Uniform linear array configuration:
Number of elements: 8
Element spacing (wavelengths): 1
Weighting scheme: cosine
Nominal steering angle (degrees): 15
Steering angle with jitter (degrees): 16.701
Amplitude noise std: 0.05
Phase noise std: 0.05

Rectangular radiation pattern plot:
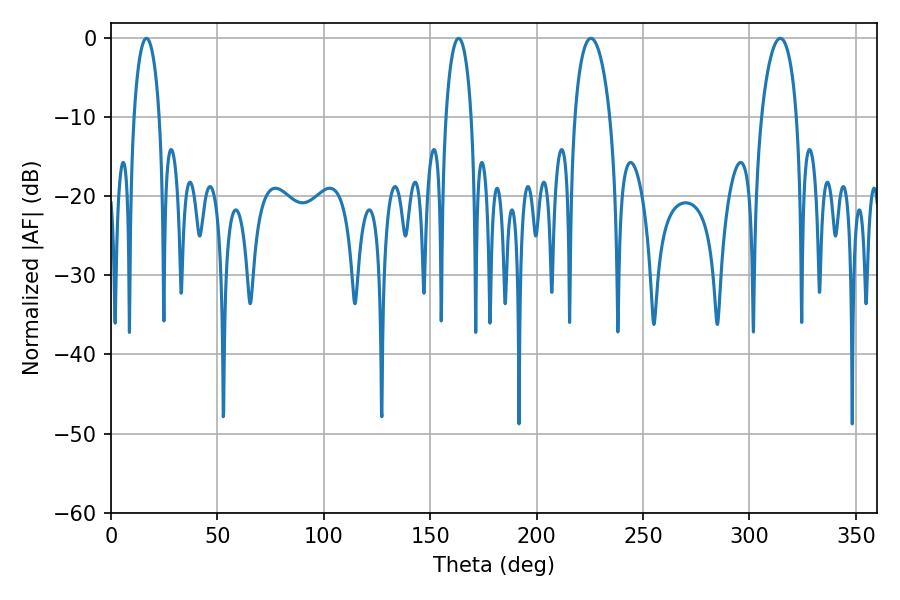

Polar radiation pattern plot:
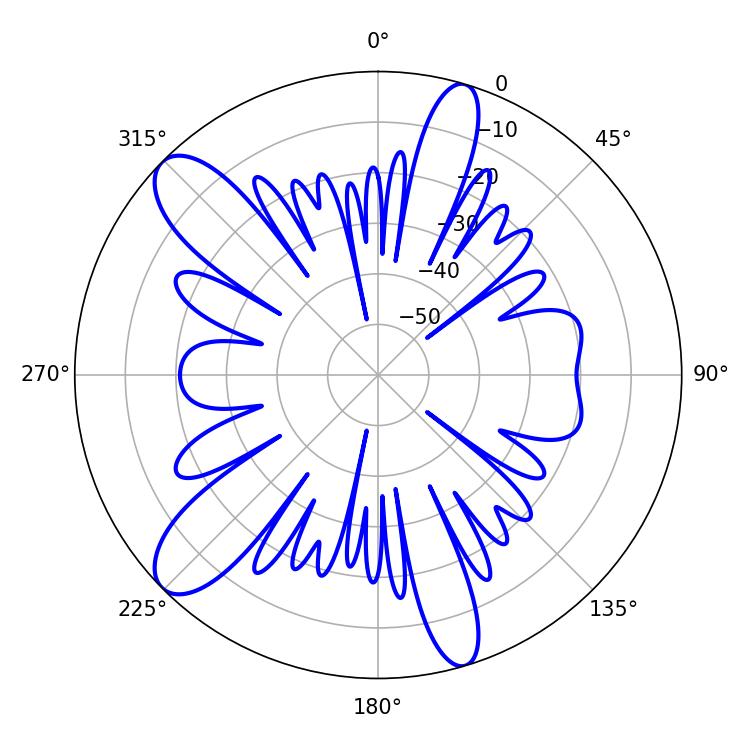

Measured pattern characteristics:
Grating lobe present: TRUE
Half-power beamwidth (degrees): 9.36
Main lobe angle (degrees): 225.54